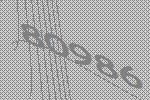
80986